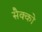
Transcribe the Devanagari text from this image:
सैक्को